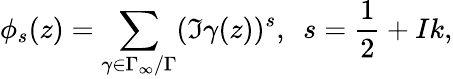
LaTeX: \phi_{s}(z)=\sum_{\gamma\in\Gamma_{\infty}/\Gamma}(\Im\gamma(z))^{s},~~s=\frac{1}{2}+Ik,